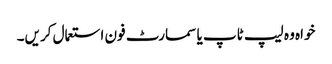
خواہ وہ لیپ ٹاپ یا سمارٹ فون استعمال کریں۔